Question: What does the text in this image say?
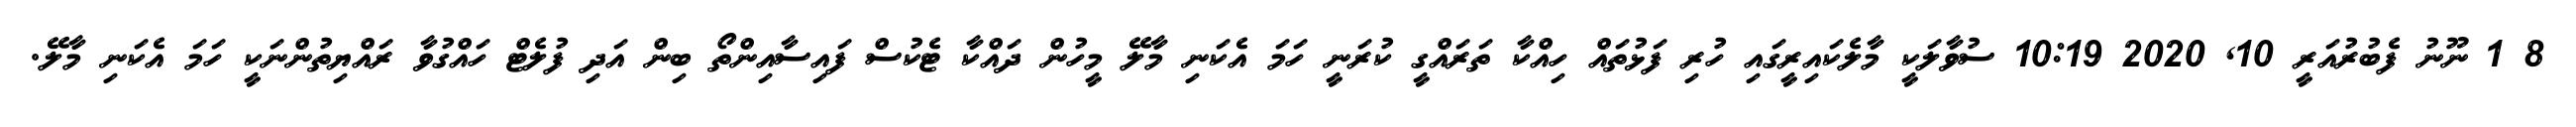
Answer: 8 1 ނޫނު ފެބުރުއަރީ 10, 2020 10:19 ސުވާލަކީ މާލެކައިރީގައި ހުރި ފަޅުތައް ހިއްކާ ތަރައްގީ ކުރަނީ ހަމަ އެކަނި މާލޭ މީހުން ދައްކާ ޓެކުސް ފައިސާއިންތޯ ބިން އަދި ފުލެޓް ހައްގުވާ ރައްޔިތުންނަކީ ހަމަ އެކަނި މާލޭ.